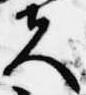
夫